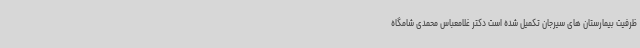
ظرفیت بیمارستان های سیرجان تکمیل شده است دکتر غلامعباس محمدی شامگاه